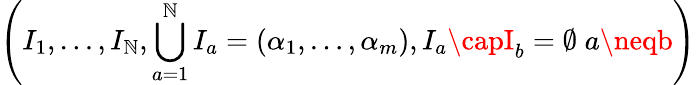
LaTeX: \left(I_{1},\ldots,I_{\mathbb{N}},\bigcup_{a=1}^{\mathbb{N}}I_{a}=(\alpha_{1},\ldots,\alpha_{m}),I_{a}\capI_{b}=\emptyset\; a\neqb\right)